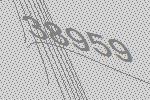
38959